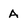
Character: A